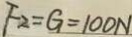
F _ { 2 } = G = 1 0 0 N